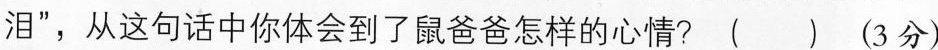
泪”，从这句话中你体会到了鼠爸爸怎样的心情? ( ) (3分)